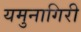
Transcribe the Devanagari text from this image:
यमुनागिरी